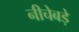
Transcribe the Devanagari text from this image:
नीचेबड़े